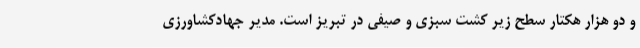
و دو هزار هکتار سطح زیر کشت سبزی و صیفی در تبریز است. مدیر جهادکشاورزی